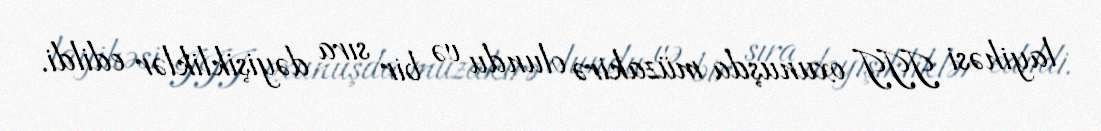
layihəsi III oxunuşda müzakirə olundu və bir sıra dəyişikliklər edildi.